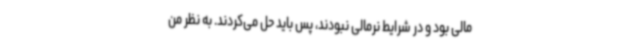
مالی بود و در شرایط نرمالی نبودند، پس باید حل می‌کردند. به نظر من